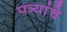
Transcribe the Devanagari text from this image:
पत्र्यांचे